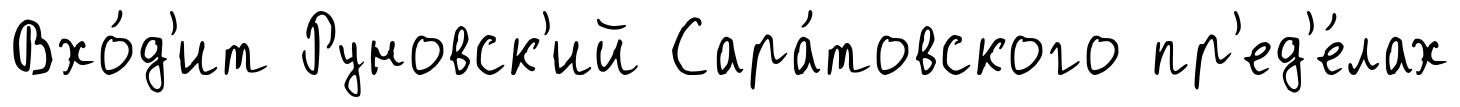
Вхо́д'ит Руновск'ий Сара́товского пр'ед'е́лах